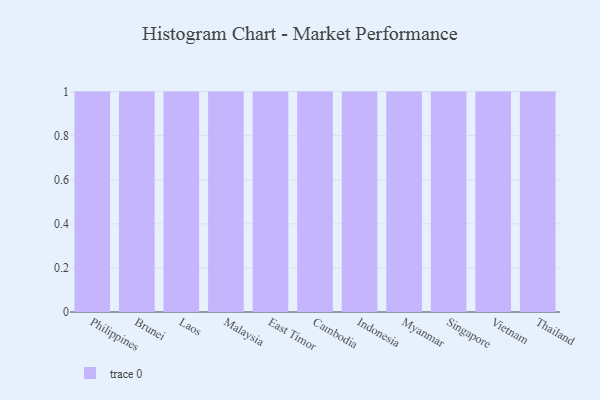
{"axis": {"x": "Country", "y": "Tickets Resolved"}, "legend": [""], "data": [{"x": "Philippines", "y": 94, "type": ""}, {"x": "Brunei", "y": 79, "type": ""}, {"x": "Laos", "y": 81, "type": ""}, {"x": "Malaysia", "y": 31, "type": ""}, {"x": "East Timor", "y": 92, "type": ""}, {"x": "Cambodia", "y": 88, "type": ""}, {"x": "Indonesia", "y": 44, "type": ""}, {"x": "Myanmar", "y": 86, "type": ""}, {"x": "Singapore", "y": 43, "type": ""}, {"x": "Vietnam", "y": 89, "type": ""}, {"x": "Thailand", "y": 97, "type": ""}]}